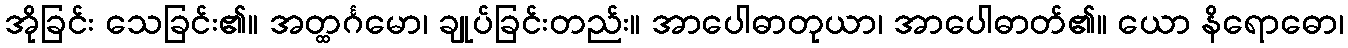
အိုခြင်း သေခြင်း၏။ အတ္ထင်္ဂမော၊ ချုပ်ခြင်းတည်း။ အာပေါဓာတုယာ၊ အာပေါဓာတ်၏။ ယော နိရောဓော၊